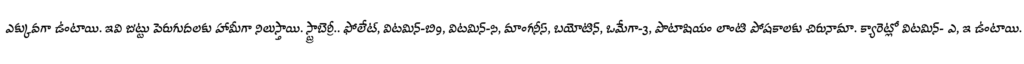
ఎక్కువగా ఉంటాయి. ఇవి జుట్టు పెరుగుదలకు హామీగా నిలుస్తాయి. స్ట్రాబెర్రీ.. ఫోలేట్, విటమిన్-బి9, విటమిన్-సి, మాంగనీస్, బయోటిన్, ఒమేగా-3, పొటాషియం లాంటి పోషకాలకు చిరునామా. క్యారెట్లో విటమిన్- ఎ, ఇ ఉంటాయి.